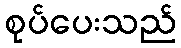
စုပ်ပေးသည်